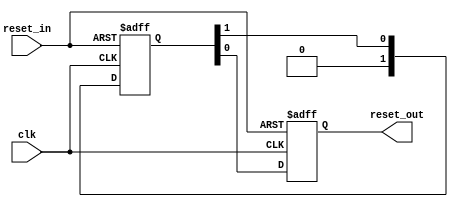
// (C) 2001-2012 Altera Corporation. All rights reserved.
// Your use of Altera Corporation's design tools, logic functions and other 
// software and tools, and its AMPP partner logic functions, and any output 
// files any of the foregoing (including device programming or simulation 
// files), and any associated documentation or information are expressly subject 
// to the terms and conditions of the Altera Program License Subscription 
// Agreement, Altera MegaCore Function License Agreement, or other applicable 
// license agreement, including, without limitation, that your use is for the 
// sole purpose of programming logic devices manufactured by Altera and sold by 
// Altera or its authorized distributors.  Please refer to the applicable 
// agreement for further details.


// $Id: //acds/rel/11.1sp2/ip/merlin/altera_reset_controller/altera_reset_synchronizer.v#1 $
// $Revision: #1 $
// $Date: 2011/11/10 $
// $Author: max $

// -----------------------------------------------
// Reset Synchronizer
// -----------------------------------------------
`timescale 1 ns / 1 ns

module altera_reset_synchronizer
#(
    parameter ASYNC_RESET = 1,
    parameter DEPTH       = 2
)
(
    input   reset_in /* synthesis ALTERA_ATTRIBUTE = "SUPPRESS_DA_RULE_INTERNAL=R101" */,

    input   clk,
    output  reset_out
);

    // -----------------------------------------------
    // Synchronizer register chain. We cannot reuse the
    // standard synchronizer in this implementation 
    // because our timing constraints are different.
    //
    // Instead of cutting the timing path to the d-input 
    // on the first flop we need to cut the aclr input.
    // 
    // We omit the "preserve" attribute on the final
    // output register, so that the synthesis tool can
    // duplicate it where needed.
    // -----------------------------------------------
    (*preserve*) reg [DEPTH-1:0] altera_reset_synchronizer_int_chain;
    reg altera_reset_synchronizer_int_chain_out;

    generate if (ASYNC_RESET) begin

        // -----------------------------------------------
        // Assert asynchronously, deassert synchronously.
        // -----------------------------------------------
        always @(posedge clk or posedge reset_in) begin
            if (reset_in) begin
                altera_reset_synchronizer_int_chain <= {DEPTH{1'b1}};
                altera_reset_synchronizer_int_chain_out <= 1'b1;
            end
            else begin
                altera_reset_synchronizer_int_chain[DEPTH-2:0] <= altera_reset_synchronizer_int_chain[DEPTH-1:1];
                altera_reset_synchronizer_int_chain[DEPTH-1] <= 0;
                altera_reset_synchronizer_int_chain_out <= altera_reset_synchronizer_int_chain[0];
            end
        end

        assign reset_out = altera_reset_synchronizer_int_chain_out;
     
    end else begin

        // -----------------------------------------------
        // Assert synchronously, deassert synchronously.
        // -----------------------------------------------
        always @(posedge clk) begin
            altera_reset_synchronizer_int_chain[DEPTH-2:0] <= altera_reset_synchronizer_int_chain[DEPTH-1:1];
            altera_reset_synchronizer_int_chain[DEPTH-1] <= reset_in;
            altera_reset_synchronizer_int_chain_out <= altera_reset_synchronizer_int_chain[0];
        end

        assign reset_out = altera_reset_synchronizer_int_chain_out;
 
    end
    endgenerate

endmodule